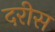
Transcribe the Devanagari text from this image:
दरीस